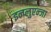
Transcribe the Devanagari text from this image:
इन्प्लुएन्जा